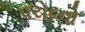
પરોઢનો